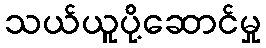
သယ်ယူပို့ဆောင်မှု